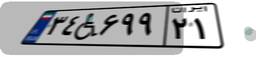
۷۲W۸۹۶۸۰